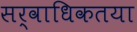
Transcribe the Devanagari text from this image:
सर्वाधिकतया